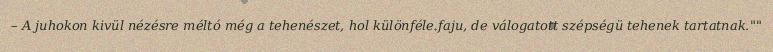
– A juhokon kivül nézésre méltó még a tehenészet, hol különféle faju, de válogatott szépségü tehenek tartatnak.""